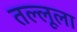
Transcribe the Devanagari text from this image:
तल्लूला